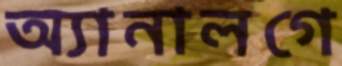
অ্যানালগে